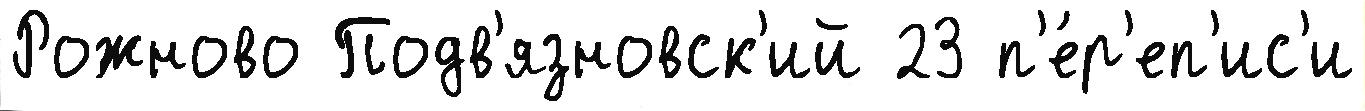
Рожново Подв'язновск'ий 23 п'е́р'еп'ис'и